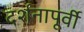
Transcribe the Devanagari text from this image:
दर्शनापूर्वी